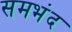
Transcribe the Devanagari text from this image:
समभंद